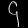
Digit: ၄